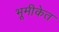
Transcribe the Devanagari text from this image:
भूमीकेत